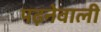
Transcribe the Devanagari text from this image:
पढ़नेवाली